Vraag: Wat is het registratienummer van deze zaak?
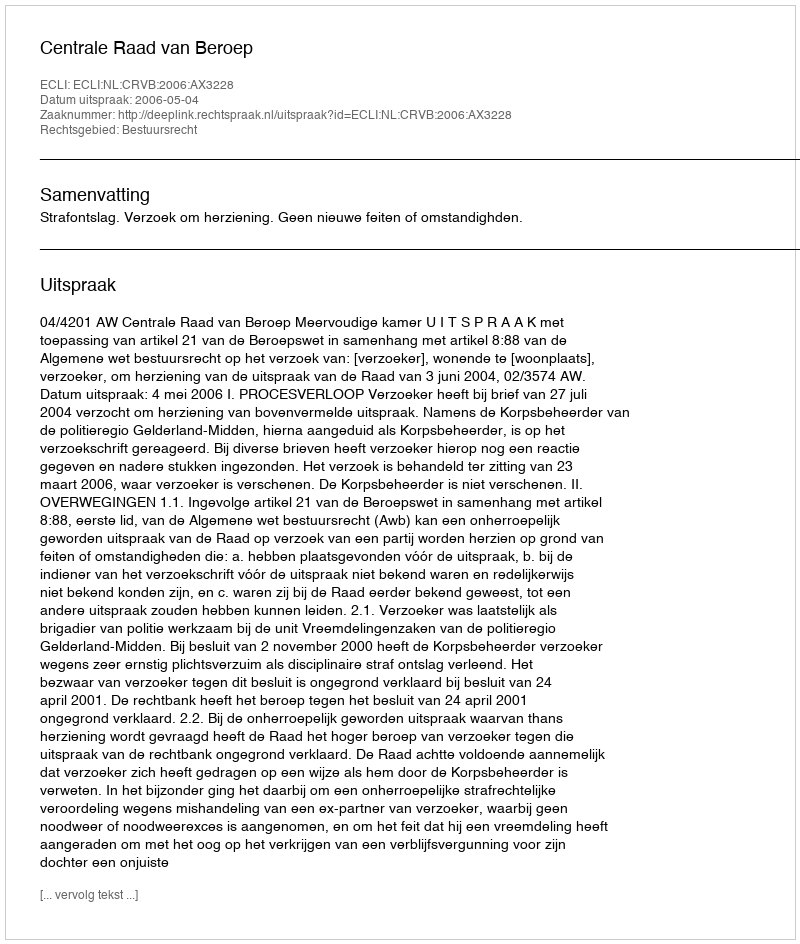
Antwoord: http://deeplink.rechtspraak.nl/uitspraak?id=ECLI:NL:CRVB:2006:AX3228